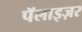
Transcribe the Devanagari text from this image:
पॅलाइज़र